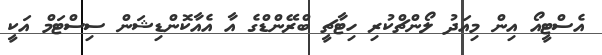
އެސްޓީއޯ އިން މިއަދު ލޯންޗްކުރި ހިޓާޗީ ބްރޭންޑްގެ އާ އެއާކޮންޑިޝަން ސިސްޓަމް އަކީ